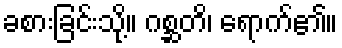
ခစားခြင်းသို့။ ဂစ္ဆတိ၊ ရောက်၏။